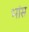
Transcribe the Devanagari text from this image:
भांस